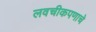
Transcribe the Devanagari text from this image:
लवचीकपणाचे